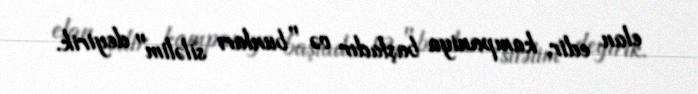
elan edir, kampaniya başladır və "bunları siləlim" deyirik.